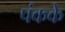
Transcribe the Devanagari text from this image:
पंकके